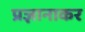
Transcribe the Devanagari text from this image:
प्रज्ञानाकर